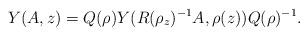
LaTeX: \begin{align*}Y(A,z)=Q(\rho)Y(R(\rho_{z})^{-1}A,\rho(z))Q(\rho)^{-1}.\end{align*}